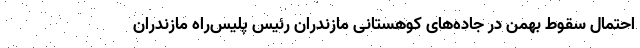
احتمال سقوط بهمن در جاده‌های کوهستانی مازندران رئیس پلیس‌راه مازندران